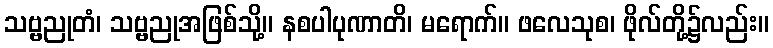
သဗ္ဗညုတံ၊ သဗ္ဗညုအဖြစ်သို့။ နစပါပုဏာတိ၊ မရောက်။ ဖလေသုစ၊ ဖိုလ်တို့၌လည်း။